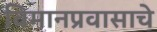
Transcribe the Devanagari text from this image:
विमानप्रवासाचे